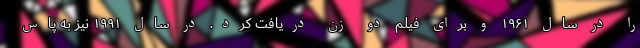
را در سال ۱۹۶۱ و برای فیلم دو زن دریافت کرد. در سال ۱۹۹۱ نیز به پاس